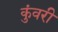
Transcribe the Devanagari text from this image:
कुंवरी